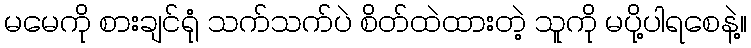
မမေကို စားချင်ရုံ သက်သက်ပဲ စိတ်ထဲထားတဲ့ သူကို မပို့ပါရစေနဲ့။